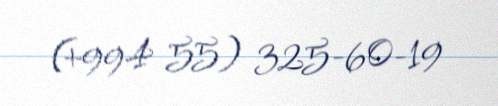
(+994 55) 325-60-19